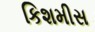
કિશમીસ